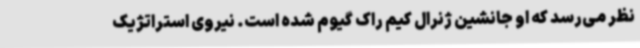
نظر می‌رسد که او جانشین ژنرال کیم راک گیوم شده است. نیروی استراتژیک